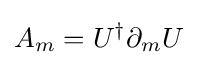
A_{m}=U^{\dagger }\partial _{m}U